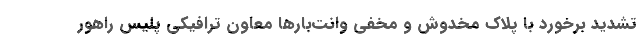
تشدید برخورد با پلاک مخدوش و مخفی وانت‌بارها معاون ترافیکی پلیس راهور